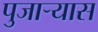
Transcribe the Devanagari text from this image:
पुजार्‍यास